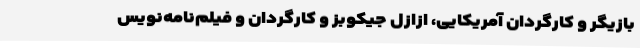
بازیگر و کارگردان آمریکایی، ازازل جیکوبز و کارگردان و فیلم‌نامه‌نویس